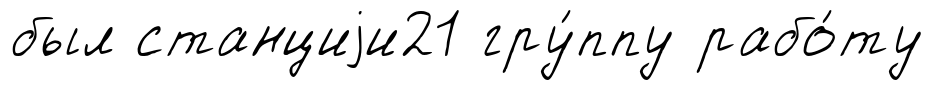
был станциjи21 гру́ппу рабо́ту